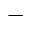
^ -